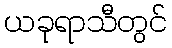
ယခုရာသီတွင်